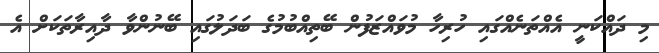
މި ދައްކަނީ އެއްތަނެއްގައި ހުރިހާ މުވައްޒަފުން ބޭތިއްބުމުގެ ބަދަލުގައި ބޭނުންވާ ދާއިރާތަކަށް އެ